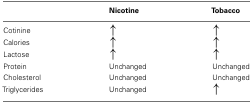
|  | Nicotine | Tobacco |
 | --- | --- | --- |
 | Cotinine | ↑ | ↑ |
 | Calories | ↑ | ↑ |
 | Lactose | ↑ | ↑ |
 | Protein | Unchanged | Unchanged |
 | Cholesterol | Unchanged | Unchanged |
 | Triglycerides | Unchanged | ↑ |